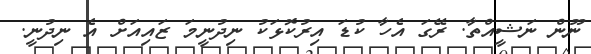
ނޫން ނަޝީއްތާ. ރޭގަ އެހާ ކުޑަ އިރުކޮޅަކު ނިދުނީމަ ޒައިއަށް އެ ނިދުނީ.